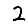
Digit: 2